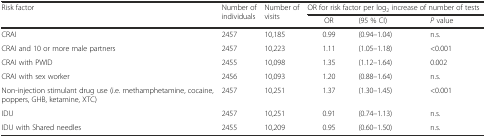
<table><thead><tr><td rowspan="2"><b>Risk factor</b></td><td rowspan="2"><b>Number of individuals</b></td><td rowspan="2"><b>Number of visits</b></td><td colspan="3"><b>OR for risk factor per log<sub>2</sub> increase of number of tests</b></td></tr><tr><td><b>OR</b></td><td><b>(95 % CI)</b></td><td><b><i>P</i> value</b></td></tr></thead><tbody><tr><td>CRAI</td><td>2457</td><td>10,185</td><td>0.99</td><td>(0.94–1.04)</td><td>n.s.</td></tr><tr><td>CRAI and 10 or more male partners</td><td>2457</td><td>10,223</td><td>1.11</td><td>(1.05–1.18)</td><td>&lt;0.001</td></tr><tr><td>CRAI with PWID</td><td>2455</td><td>10,098</td><td>1.35</td><td>(1.12–1.64)</td><td>0.002</td></tr><tr><td>CRAI with sex worker</td><td>2456</td><td>10,093</td><td>1.20</td><td>(0.88–1.64)</td><td>n.s.</td></tr><tr><td>Non-injection stimulant drug use (i.e. methamphetamine, cocaine, poppers, GHB, ketamine, XTC)</td><td>2457</td><td>10,251</td><td>1.37</td><td>(1.30–1.45)</td><td>&lt;0.001</td></tr><tr><td>IDU</td><td>2457</td><td>10,251</td><td>0.91</td><td>(0.74–1.13)</td><td>n.s.</td></tr><tr><td>IDU with Shared needles</td><td>2455</td><td>10,209</td><td>0.95</td><td>(0.60–1.50)</td><td>n.s.</td></tr></tbody></table>